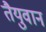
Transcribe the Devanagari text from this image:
तैयुवान